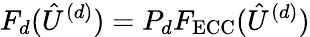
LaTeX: F_{d}(\hat{U}^{(d)})=P_{d}F_{\mathrm{ECC}}(\hat{U}^{(d)})